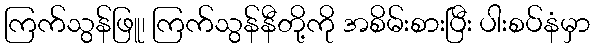
ကြက်သွန်ဖြူ၊ ကြက်သွန်နီတို့ကို အစိမ်းစားပြီး ပါးစပ်နံမှာ